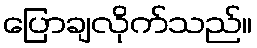
ပြောချလိုက်သည်။